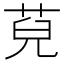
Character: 𦯵